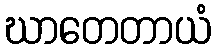
ဃာတေတာယံ